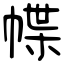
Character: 幉